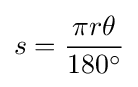
s={\frac {\pi r\theta }{180^{\circ }}}